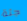
جثة